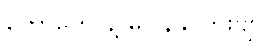
တော်တော်နဲ့ မပြန်နိုင်ဘူးဗျာ။